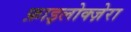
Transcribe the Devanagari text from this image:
फ़ाइलोक्ज़ेरा